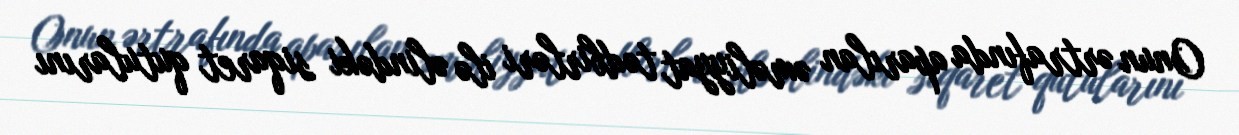
Onun ərtrafında aparılan əməliyyat tədbirləri ilə əlindəki siqaret qutularını